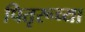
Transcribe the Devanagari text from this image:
पितृरूच्या